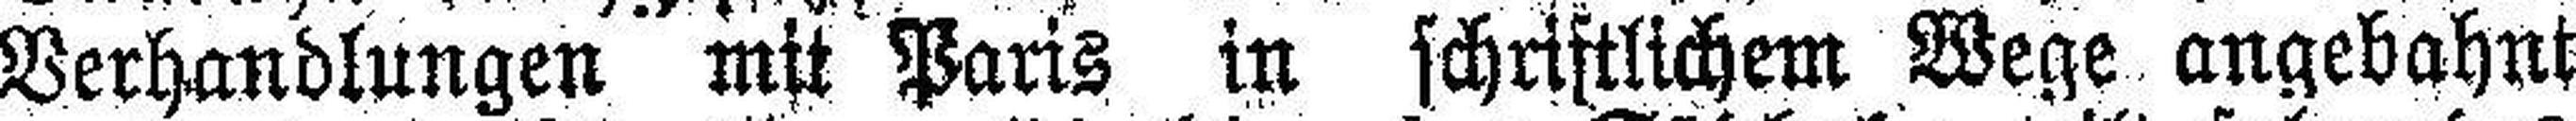
Verhandlungen mit Paris in schriftlichem Wege angebahnt